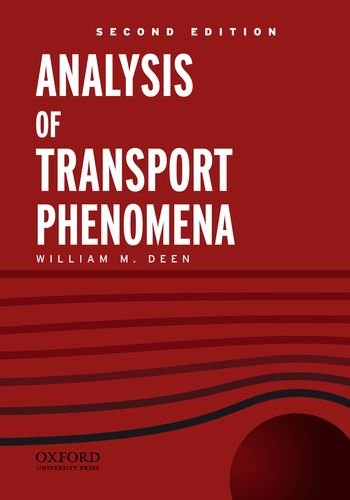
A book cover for Analysis of Transport Phenomena (Topics in Chemical Engineering); William M. Deen; Engineering & Transportation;